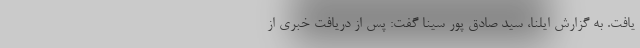
یافت. به گزارش ایلنا، سید صادق پور سینا گفت: پس از دریافت خبری از